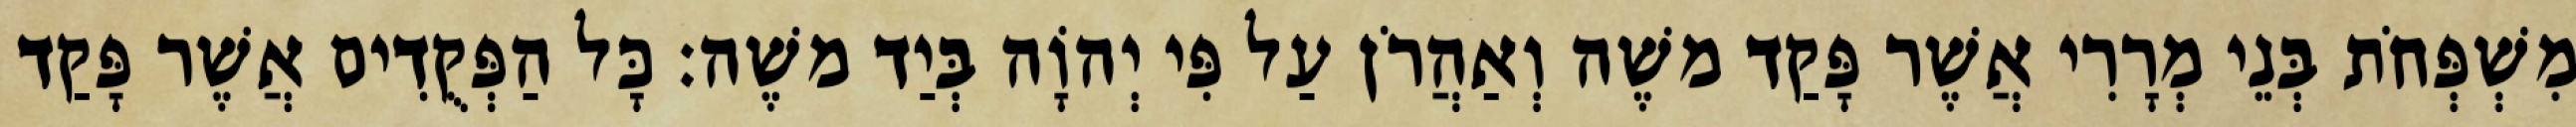
מִשְׁפְּחֹת בְּנֵי מְרָרִי אֲשֶׁר פָּקַד משֶׁה וְאַהֲרֹן עַל פִּי יְהוָֹה בְּיַד משֶׁה׃ כָּל הַפְּקֻדִים אֲשֶׁר פָּקַד